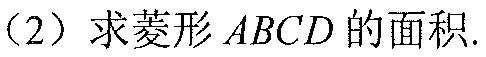
（2）求菱形 \(ABCD\) 的面积.